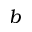
b